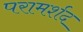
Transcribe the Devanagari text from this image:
परामर्शद